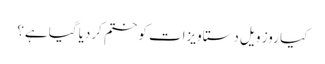
کیا روز ویل دستاویزات کو ختم کردیا گیا ہے؟